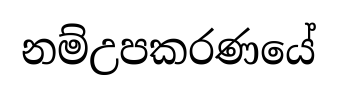
නම්උපකරණයේ